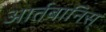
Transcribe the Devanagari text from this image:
आर्तबानिस्